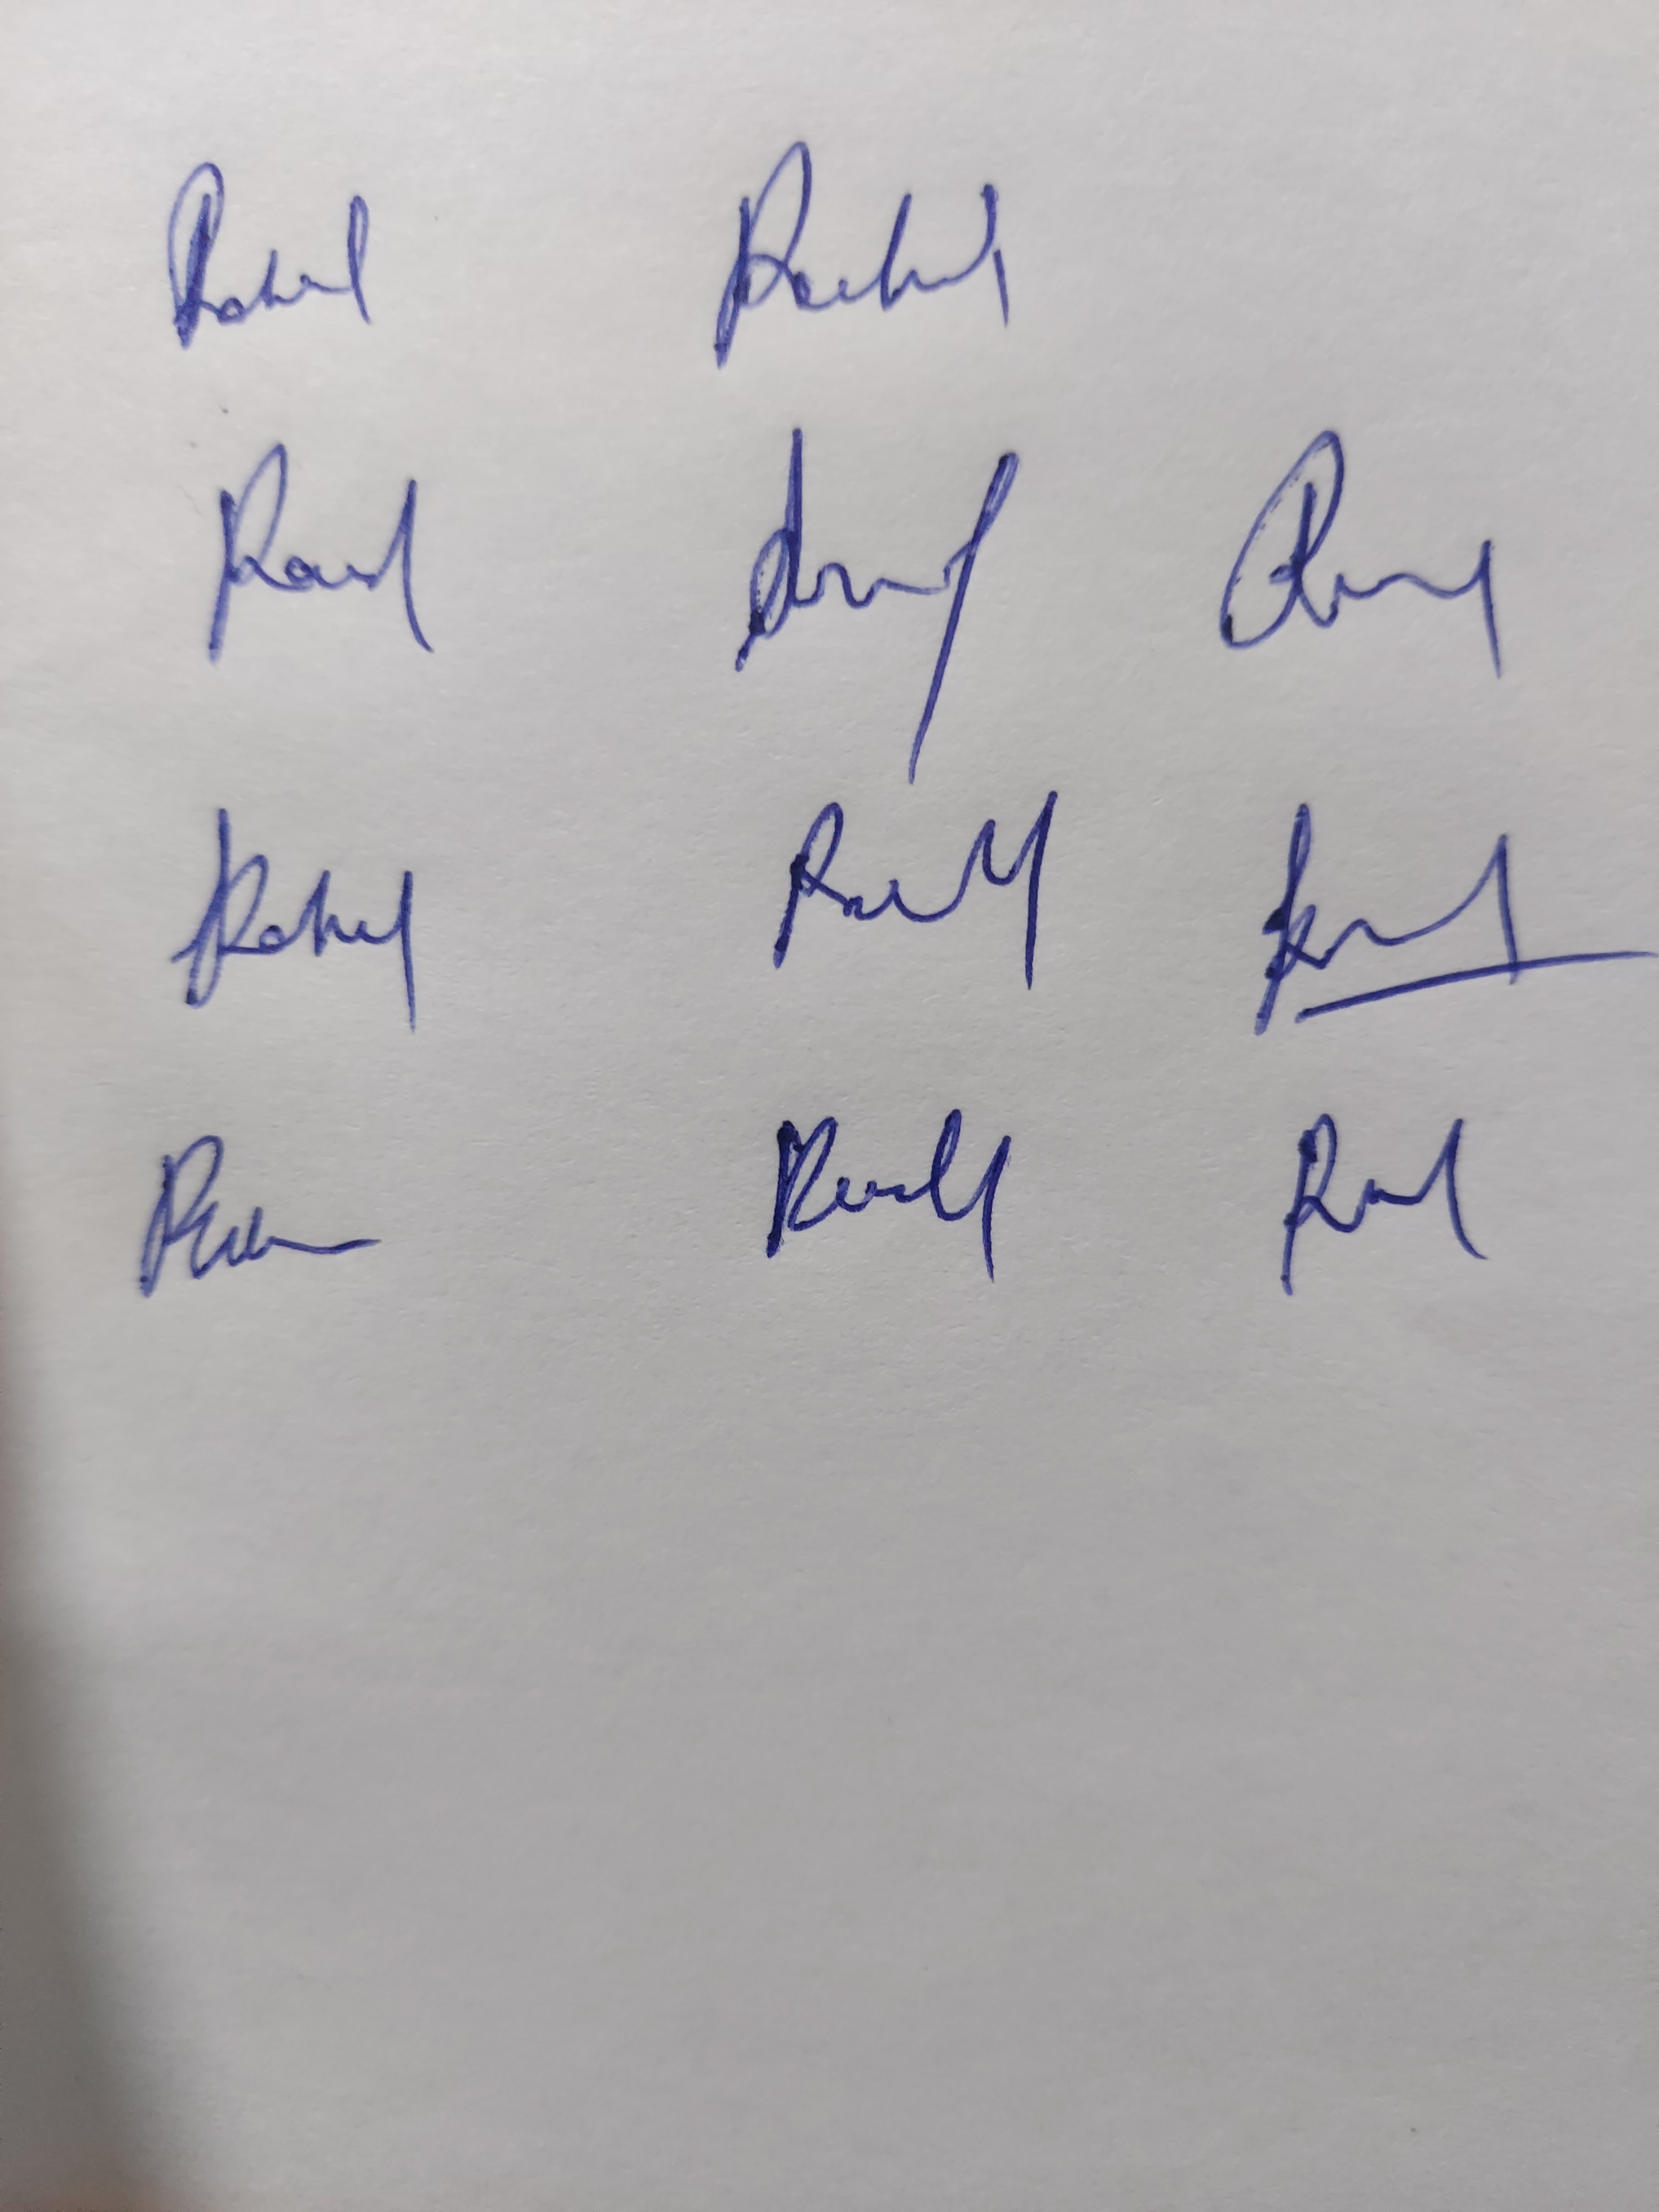
Signature authenticity: genuine